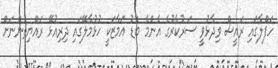
ހަފްލާގައި ރައީސް ވިދާޅުވީ ސަރުކާރުގެ އެންމެ ބޮޑު އަމާޒަކީ ހުޅުމާލޭގައި ދިރިއުޅޭ ރައްޔިތުންނަށް